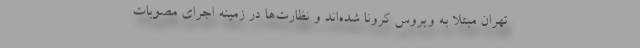
تهران مبتلا به ویروس کرونا شده‌اند و نظارت‌ها در زمینه اجرای مصوبات